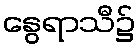
နွေရာသီ၌